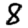
Digit: 8